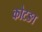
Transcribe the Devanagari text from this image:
कोटङा